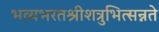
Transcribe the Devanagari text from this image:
भव्यभरतश्रीशत्रुभित्सन्नते